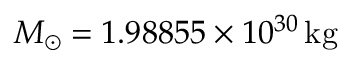
M _ { \odot } = 1 . 9 8 8 5 5 \times 1 0 ^ { 3 0 } \, { \mathrm { k g } }